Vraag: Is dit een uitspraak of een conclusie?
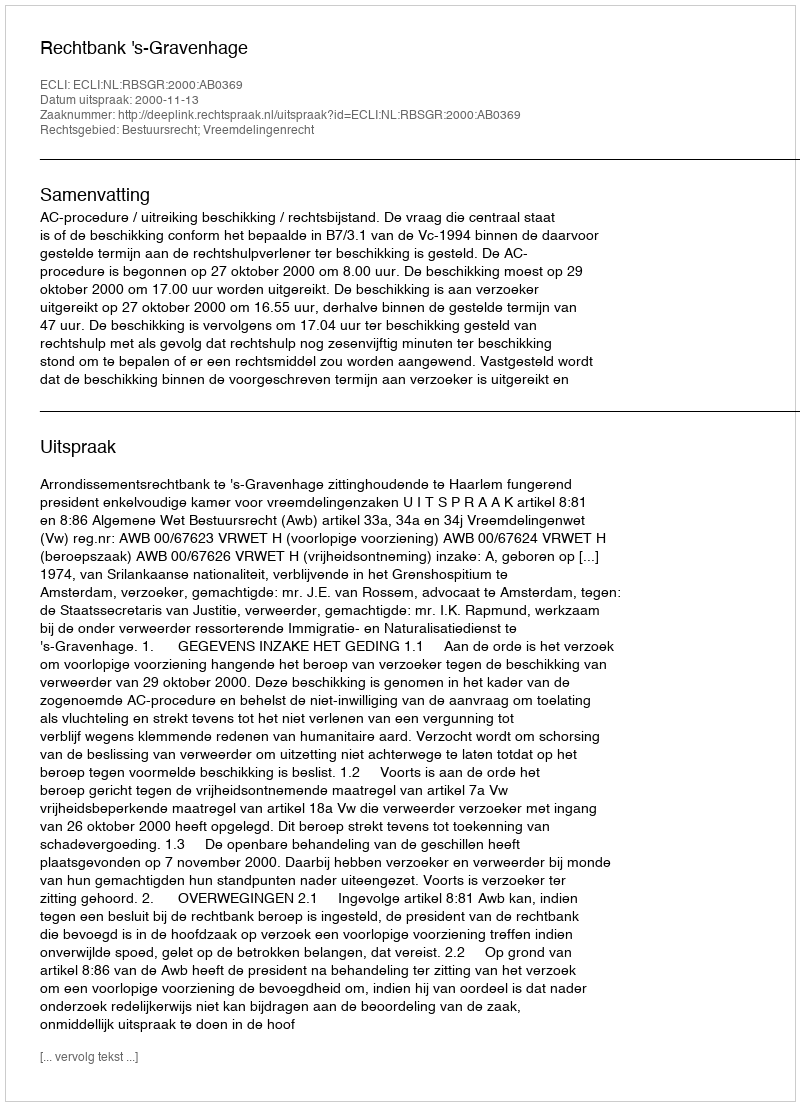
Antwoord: Uitspraak